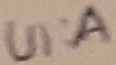
Text: UI:A